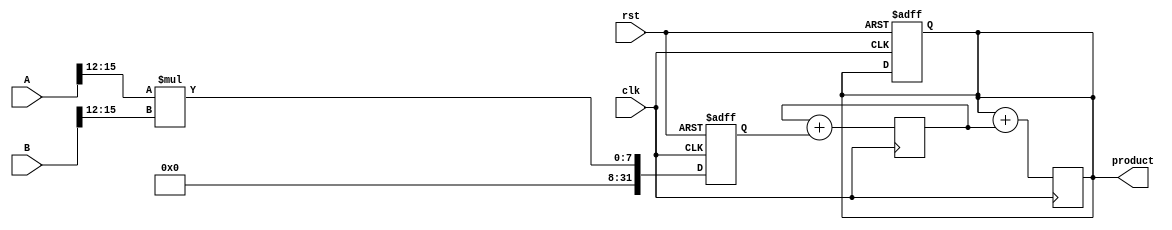
module pipelined_sliced_multiplier #(
    parameter A_WIDTH = 16,  // Bit width of operand A
    parameter B_WIDTH = 16,  // Bit width of operand B
    parameter SLICE_WIDTH = 4 // Width of each slice
) (
    input wire clk,
    input wire rst,
    input wire [A_WIDTH-1:0] A,
    input wire [B_WIDTH-1:0] B,
    output reg [A_WIDTH + B_WIDTH - 1:0] product
);

    localparam NUM_SLICES_A = A_WIDTH / SLICE_WIDTH;
    localparam NUM_SLICES_B = B_WIDTH / SLICE_WIDTH;

    // Partial products
    reg [A_WIDTH + B_WIDTH - 1:0] partial_products[0:NUM_SLICES_A-1][0:NUM_SLICES_B-1];

    // Intermediate results for pipelining
    reg [A_WIDTH + B_WIDTH - 1:0] stage1_results[0:NUM_SLICES_A-1];
    reg [A_WIDTH + B_WIDTH - 1:0] stage2_results[0:NUM_SLICES_A-1];

    // Control signals
    integer i, j;

    // Generate partial products
    always @(posedge clk or posedge rst) begin
        if (rst) begin
            for (i = 0; i < NUM_SLICES_A; i = i + 1) begin
                for (j = 0; j < NUM_SLICES_B; j = j + 1) begin
                    partial_products[i][j] <= 0;
                end
            end
            product <= 0;
        end else begin
            // Generate partial products
            for (i = 0; i < NUM_SLICES_A; i = i + 1) begin
                for (j = 0; j < NUM_SLICES_B; j = j + 1) begin
                    partial_products[i][j] <= (A[(i * SLICE_WIDTH) +: SLICE_WIDTH] * B[(j * SLICE_WIDTH) +: SLICE_WIDTH]);
                end
            end
        end
    end

    // Stage 1: Accumulate partial products
    always @(posedge clk) begin
        for (i = 0; i < NUM_SLICES_A; i = i + 1) begin
            stage1_results[i] <= 0;
            for (j = 0; j < NUM_SLICES_B; j = j + 1) begin
                stage1_results[i] <= stage1_results[i] + partial_products[i][j];
            end
        end
    end

    // Stage 2: Final accumulation of results using a simple adder tree
    always @(posedge clk) begin
        product <= 0;
        for (i = 0; i < NUM_SLICES_A; i = i + 1) begin
            product <= product + stage1_results[i];
        end
    end

endmodule